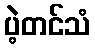
ပဲ့တင်သံ